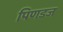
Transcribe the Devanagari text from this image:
पिणडज